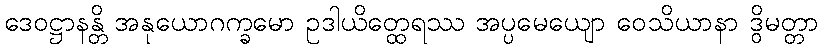
ဒေဝဋ္ဌာနန္တိ အနုယောဂက္ခမော ဥဒါယိတ္ထေရဿ အပ္ပမေယျော ဝေသိယာနာ ဒွိမတ္တာ